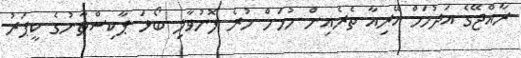
ރާއްޖޭގެ އަދުހަމް އޭރިއާ ތެރެއިން ހުހަށް ހުރެ ފޮނުވާލި ބޯޅަ ޕާކިސްތާނުގެ ކީޕަރު